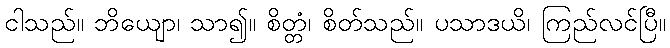
ငါသည်။ ဘိယျော၊ သာ၍။ စိတ္တံ၊ စိတ်သည်။ ပသာဒယိ၊ ကြည်လင်ပြီ။